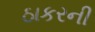
ઠાકરની